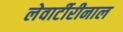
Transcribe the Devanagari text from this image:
लेवार्टीरीनाल